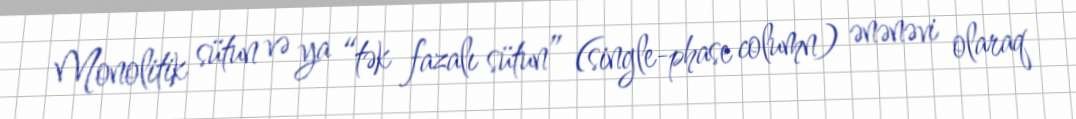
Monolitik sütun və ya “tək fazalı sütun” (single-phase column) ənənəvi olaraq